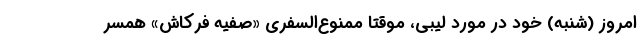
امروز (شنبه) خود در مورد لیبی، موقتا ممنوع‌السفری «صفیه فرکاش» همسر